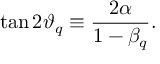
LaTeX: \tan 2 \vartheta _ { q } \equiv \frac { 2 \alpha } { 1 - \beta _ { q } } .